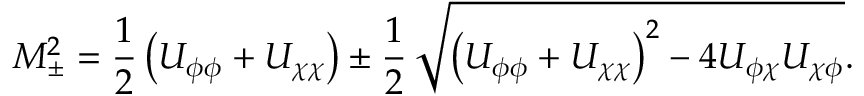
M _ { \pm } ^ { 2 } = \frac { 1 } { 2 } \left( U _ { \phi \phi } + U _ { \chi \chi } \right) \pm \frac { 1 } { 2 } \, \sqrt { \left( U _ { \phi \phi } + U _ { \chi \chi } \right) ^ { 2 } - 4 U _ { \phi \chi } U _ { \chi \phi } } .